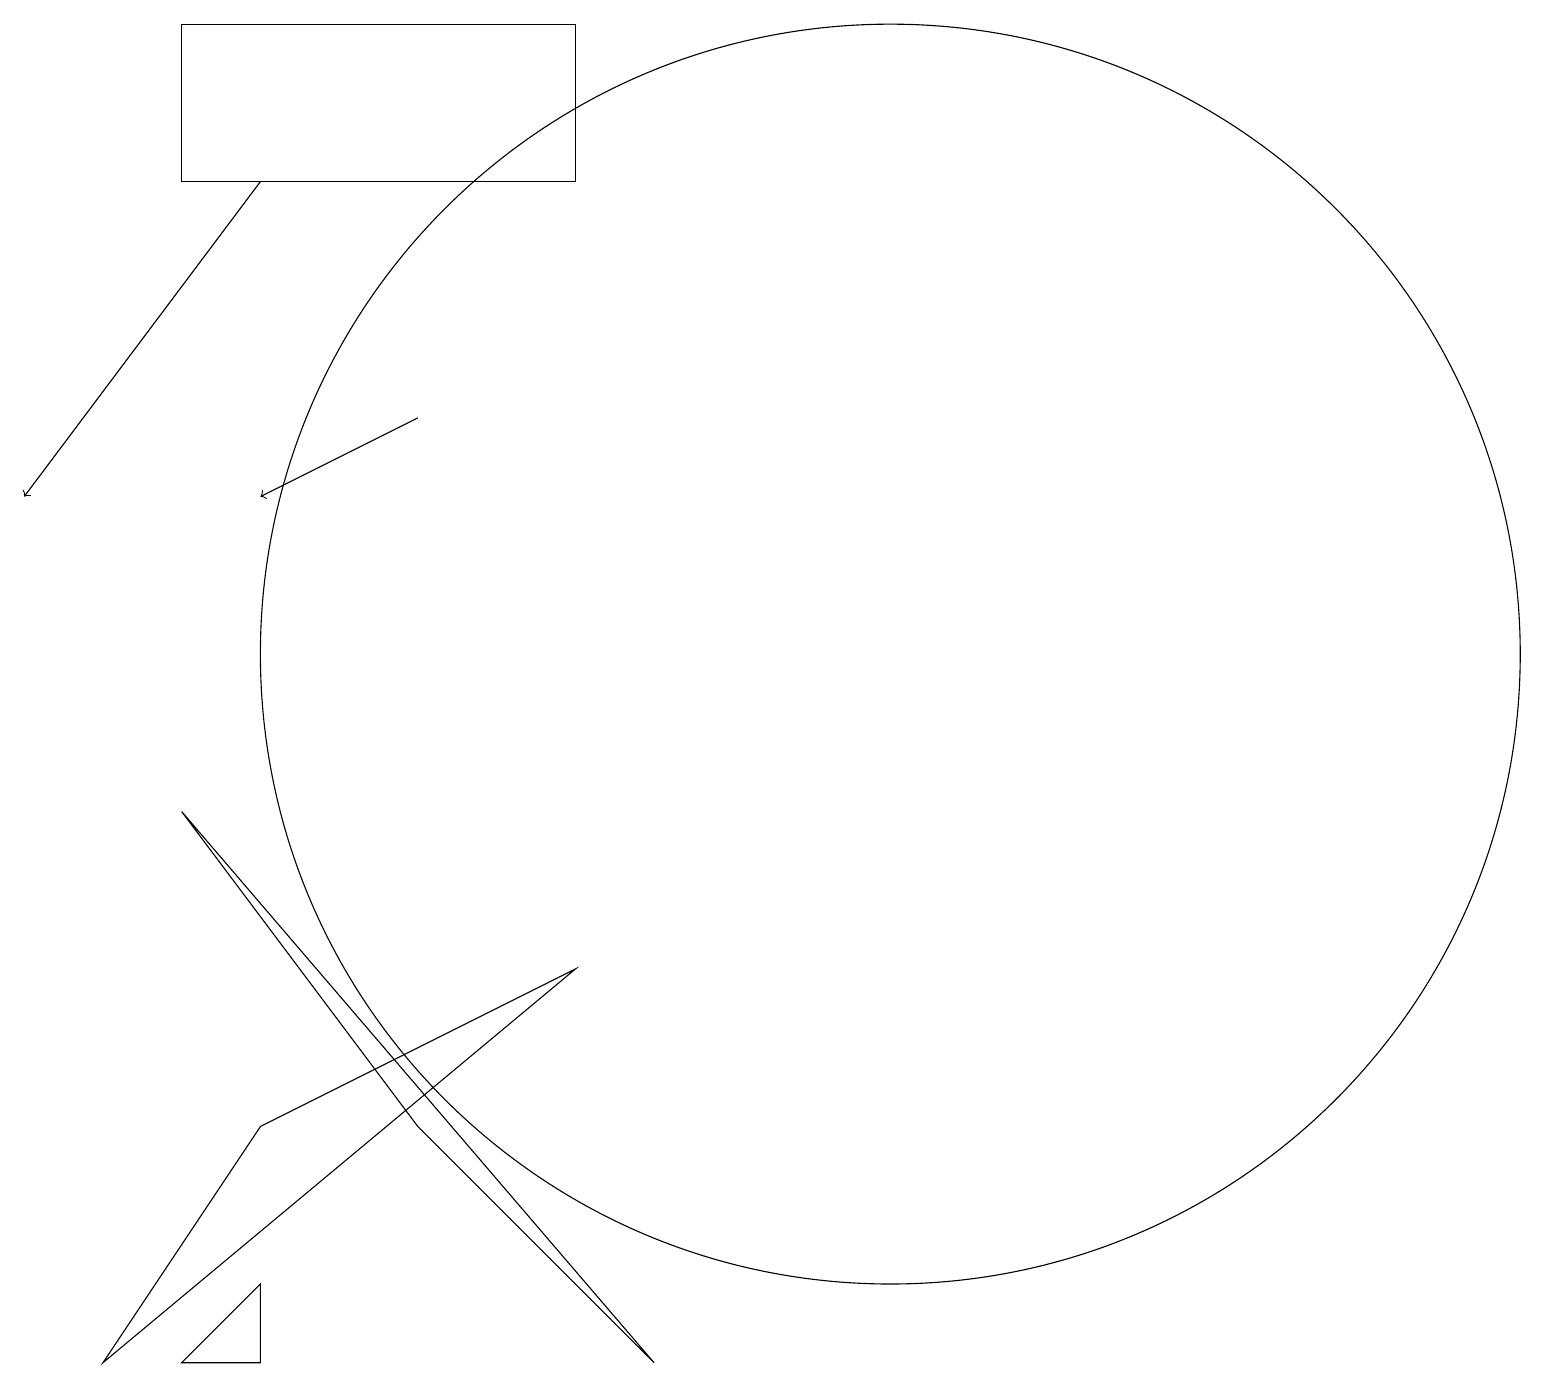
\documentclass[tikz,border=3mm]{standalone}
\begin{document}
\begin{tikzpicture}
\draw[->] (5,13) -- (3,12);
\draw (2,1) -- (3,2) -- (3,1) -- cycle;
\draw (11,10) circle (8);
\draw[->] (3,16) -- (0,12);
\draw (7,18) rectangle (2,16);
\draw (2,8) -- (5,4) -- (8,1) -- cycle;
\draw (3,4) -- (7,6) -- (1,1) -- cycle;
\draw (11,11) circle (0);
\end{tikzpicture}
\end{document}